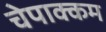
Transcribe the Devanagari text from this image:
चेपाक्कम